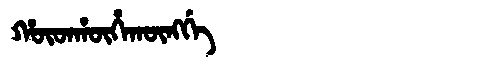
Manchu: ᡥᡡᡨᡥᡡᡥᠠᡴᡡᠩᡤᡝ
Romanization: HŪTHŪHAKŪNGGE